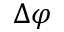
\Delta \varphi